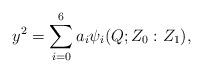
LaTeX: \begin{align*}y^2 = \sum_{i=0}^6 a_i \psi_i(Q; Z_0:Z_1),\end{align*}